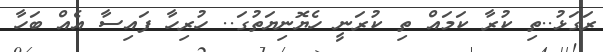
ރަގަޅު..ތި ކުރާ ކަމައް ތި ކުރަނީ ހެޔޮނިޔަތުގަ.. ހުރިހާ ފައިސާ އެއް ބަހާ